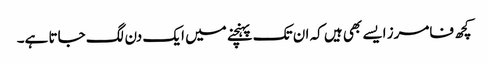
کچھ فامرز ایسے بھی ہیں کہ ان تک پہنچنے میں ایک دن لگ جاتا ہے۔